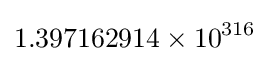
1.397162914\times 10^{316}